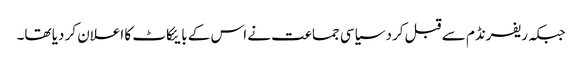
جبکہ ریفرنڈم سے قبل کرد سیاسی جماعت نے اس کے بایئکاٹ کا اعلان کر دیا تھا۔